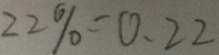
2 2 \% = 0 . 2 2